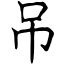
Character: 吊